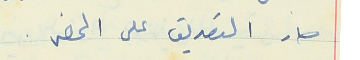
صار التصديق على المحضر .